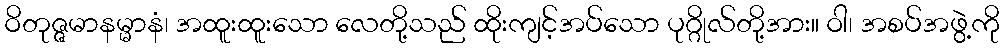
ဝိတုဇ္ဇမာနမ္မာနံ၊ အထူးထူးသော လေတို့သည် ထိုးကျင့်အပ်သော ပုဂ္ဂိုလ်တို့အား။ ဝါ၊ အစပ်အဖွဲ့ကို